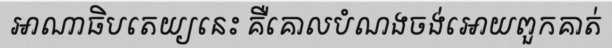
អាណាធិបតេយ្យនេះ គឺគោលបំណងចង់អោយពួកគាត់